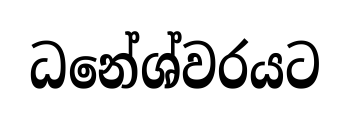
ධනේශ්වරයට